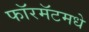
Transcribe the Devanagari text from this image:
फॉरमॅटमधे